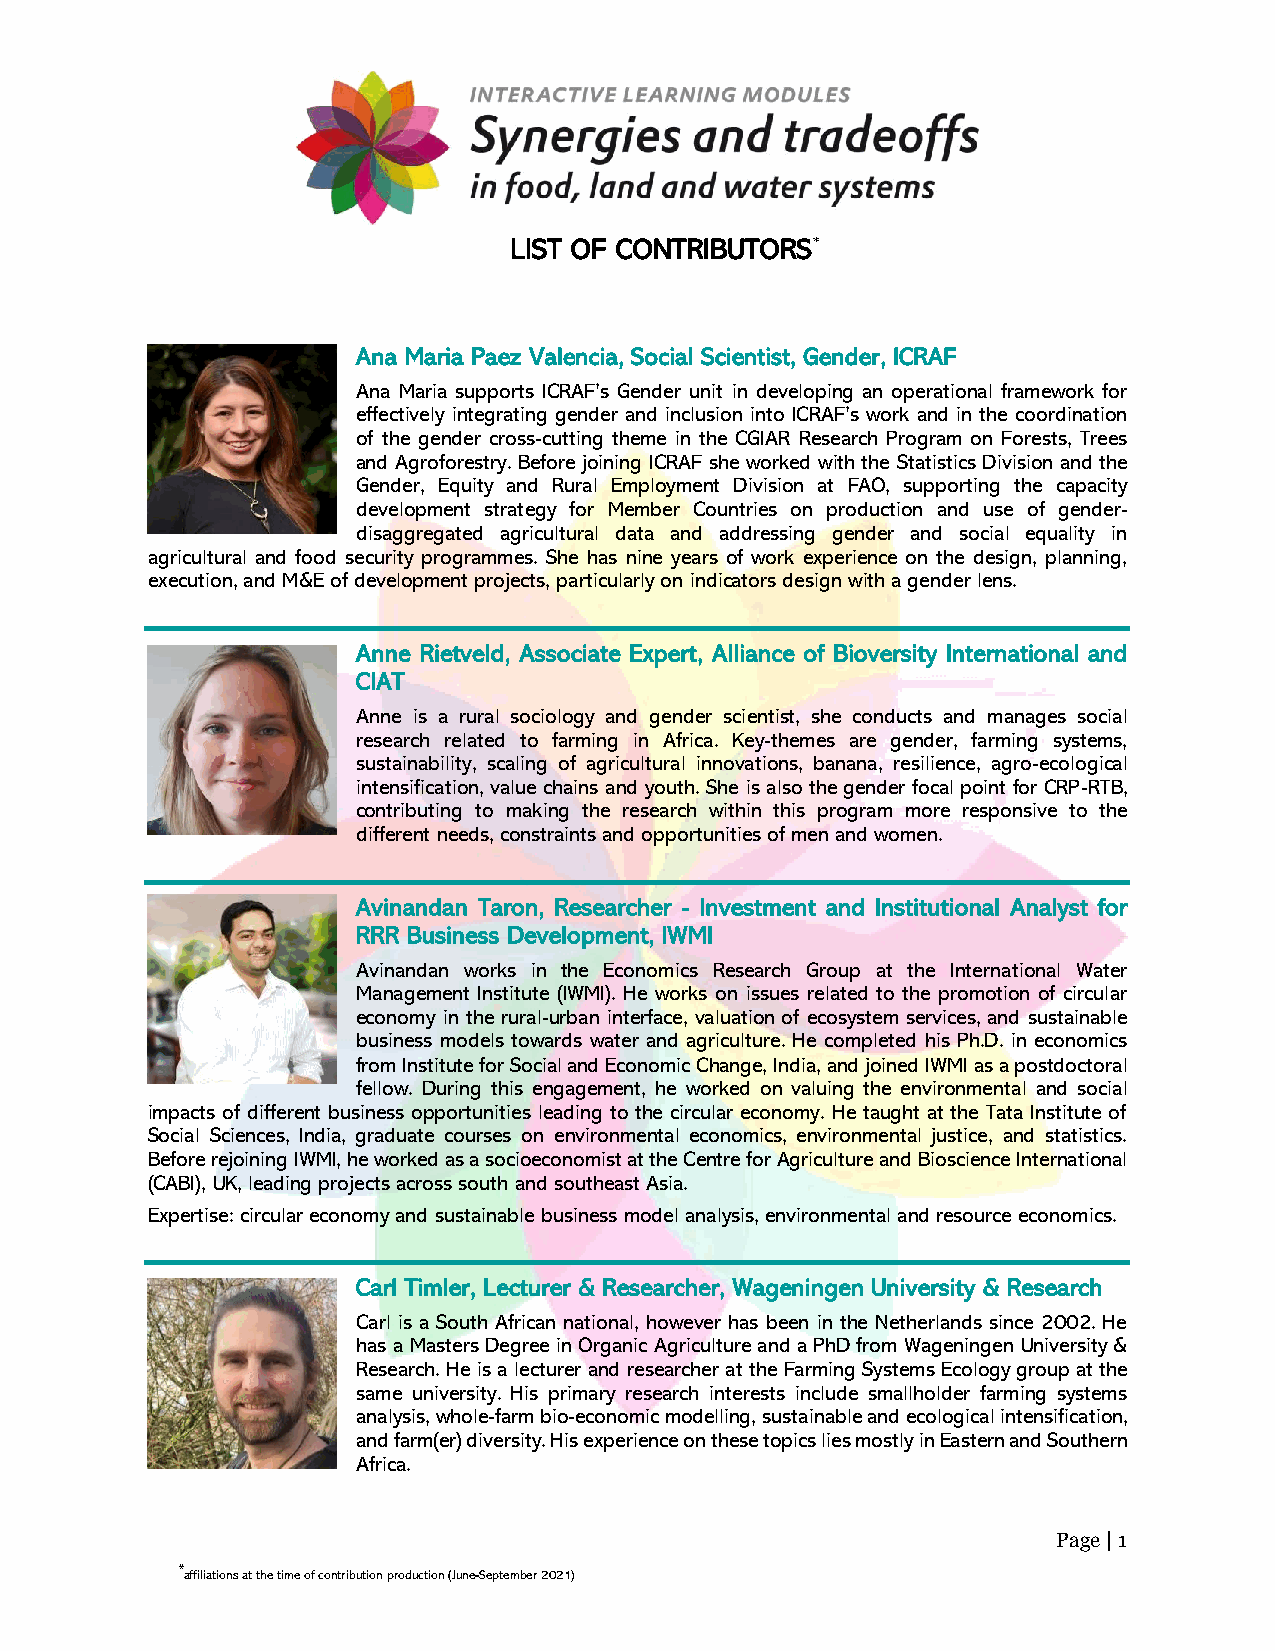
LIST OF CONTRIBUTORS*
 Ana Maria Paez Valencia, Social Scientist, Gender, ICRAF
 Ana Maria supports ICRAF’s Gender unit in developing an operational framework for
 effectively integrating gender and inclusion into ICRAF’s work and in the coordination
 of the gender cross-cutting theme in the CGIAR Research Program on Forests, Trees
 and Agroforestry. Before joining ICRAF she worked with the Statistics Division and the
 Gender, Equity and Rural Employment Division at FAO, supporting the capacity
 development strategy for Member Countries on production and use of gender-
 disaggregated agricultural data and addressing gender and social equality in
 agricultural and food security programmes. She has nine years of work experience on the design, planning,
 execution, and M&E of development projects, particularly on indicators design with a gender lens.
 Anne Rietveld, Associate Expert, Alliance of Bioversity International and
 CIAT
 Anne is a rural sociology and gender scientist, she conducts and manages social
 research related to farming in Africa. Key-themes are gender, farming systems,
 sustainability, scaling of agricultural innovations, banana, resilience, agro-ecological
 intensification, value chains and youth. She is also the gender focal point for CRP-RTB,
 contributing to making the research within this program more responsive to the
 different needs, constraints and opportunities of men and women.
 Avinandan Taron, Researcher - Investment and Institutional Analyst for
 RRR Business Development, IWMI
 Avinandan works in the Economics Research Group at the International Water
 Management Institute (IWMI). He works on issues related to the promotion of circular
 economy in the rural-urban interface, valuation of ecosystem services, and sustainable
 business models towards water and agriculture. He completed his Ph.D. in economics
 from Institute for Social and Economic Change, India, and joined IWMI as a postdoctoral
 fellow. During this engagement, he worked on valuing the environmental and social
 impacts of different business opportunities leading to the circular economy. He taught at the Tata Institute of
 Social Sciences, India, graduate courses on environmental economics, environmental justice, and statistics.
 Before rejoining IWMI, he worked as a socioeconomist at the Centre for Agriculture and Bioscience International
 (CABI), UK, leading projects across south and southeast Asia.
 Expertise: circular economy and sustainable business model analysis, environmental and resource economics.
 Carl Timler, Lecturer & Researcher, Wageningen University & Research
 Carl is a South African national, however has been in the Netherlands since 2002. He
 has a Masters Degree in Organic Agriculture and a PhD from Wageningen University &
 Research. He is a lecturer and researcher at the Farming Systems Ecology group at the
 same university. His primary research interests include smallholder farming systems
 analysis, whole-farm bio-economic modelling, sustainable and ecological intensification,
 and farm(er) diversity. His experience on these topics lies mostly in Eastern and Southern
 Africa.
 Page | 1
 *affiliations at the time of contribution production (June-September 2021)